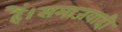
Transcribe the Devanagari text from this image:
हैं।समाजवादी